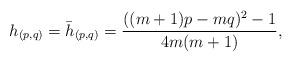
LaTeX: \begin{align*}h_{(p,q)}=\bar{h}_{(p,q)}=\frac{((m+1)p-mq)^2-1}{4m(m+1)},\end{align*}